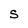
Character: s